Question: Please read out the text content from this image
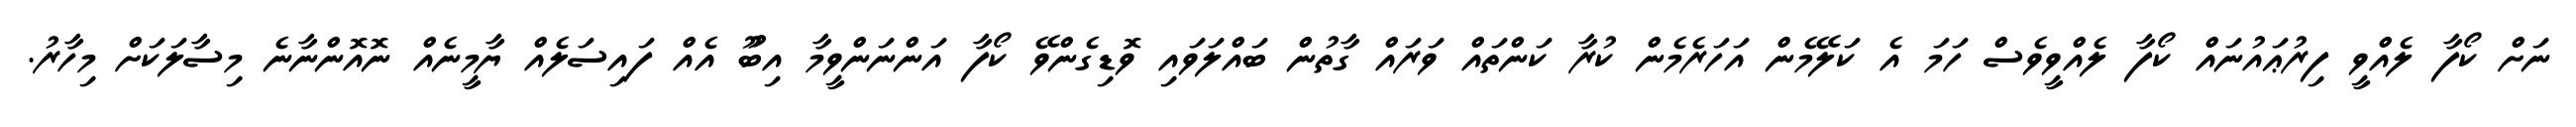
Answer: ނަށް ކޯފާ ލެއްވީ ފިރުޢައުނައް ކޯފާ ލެއްވީވެސް ހަމަ އެ ކަލޭމެން އަހަރެމެން ކުރާ ކަންތައް ވަރައް ގާތުން ބައްލަވައި ވޮޑިގެންވޭ ކޯފާ އަންނަންވީމާ އިބޫު އެއް ފައިސަލެއް ޔާމީނެއް ނޮއޮންނާނެ މިސާލަކަށް މިހާރު.